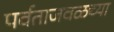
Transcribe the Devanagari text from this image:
पर्वताजवळच्या